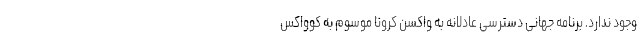
وجود ندارد. برنامه جهانی دسترسی عادلانه به واکسن کرونا موسوم به کوواکس